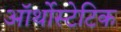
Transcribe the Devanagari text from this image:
ऑर्थोस्टेटिक